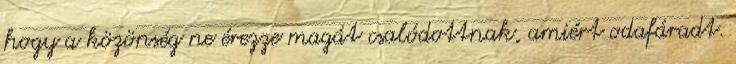
hogy a közönség ne érezze magát csalódottnak, amiért odafáradt.